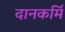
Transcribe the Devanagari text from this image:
दानकर्मि